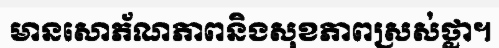
មានសោភ័ណភាពនិងសុខភាពស្រស់ថ្លា។